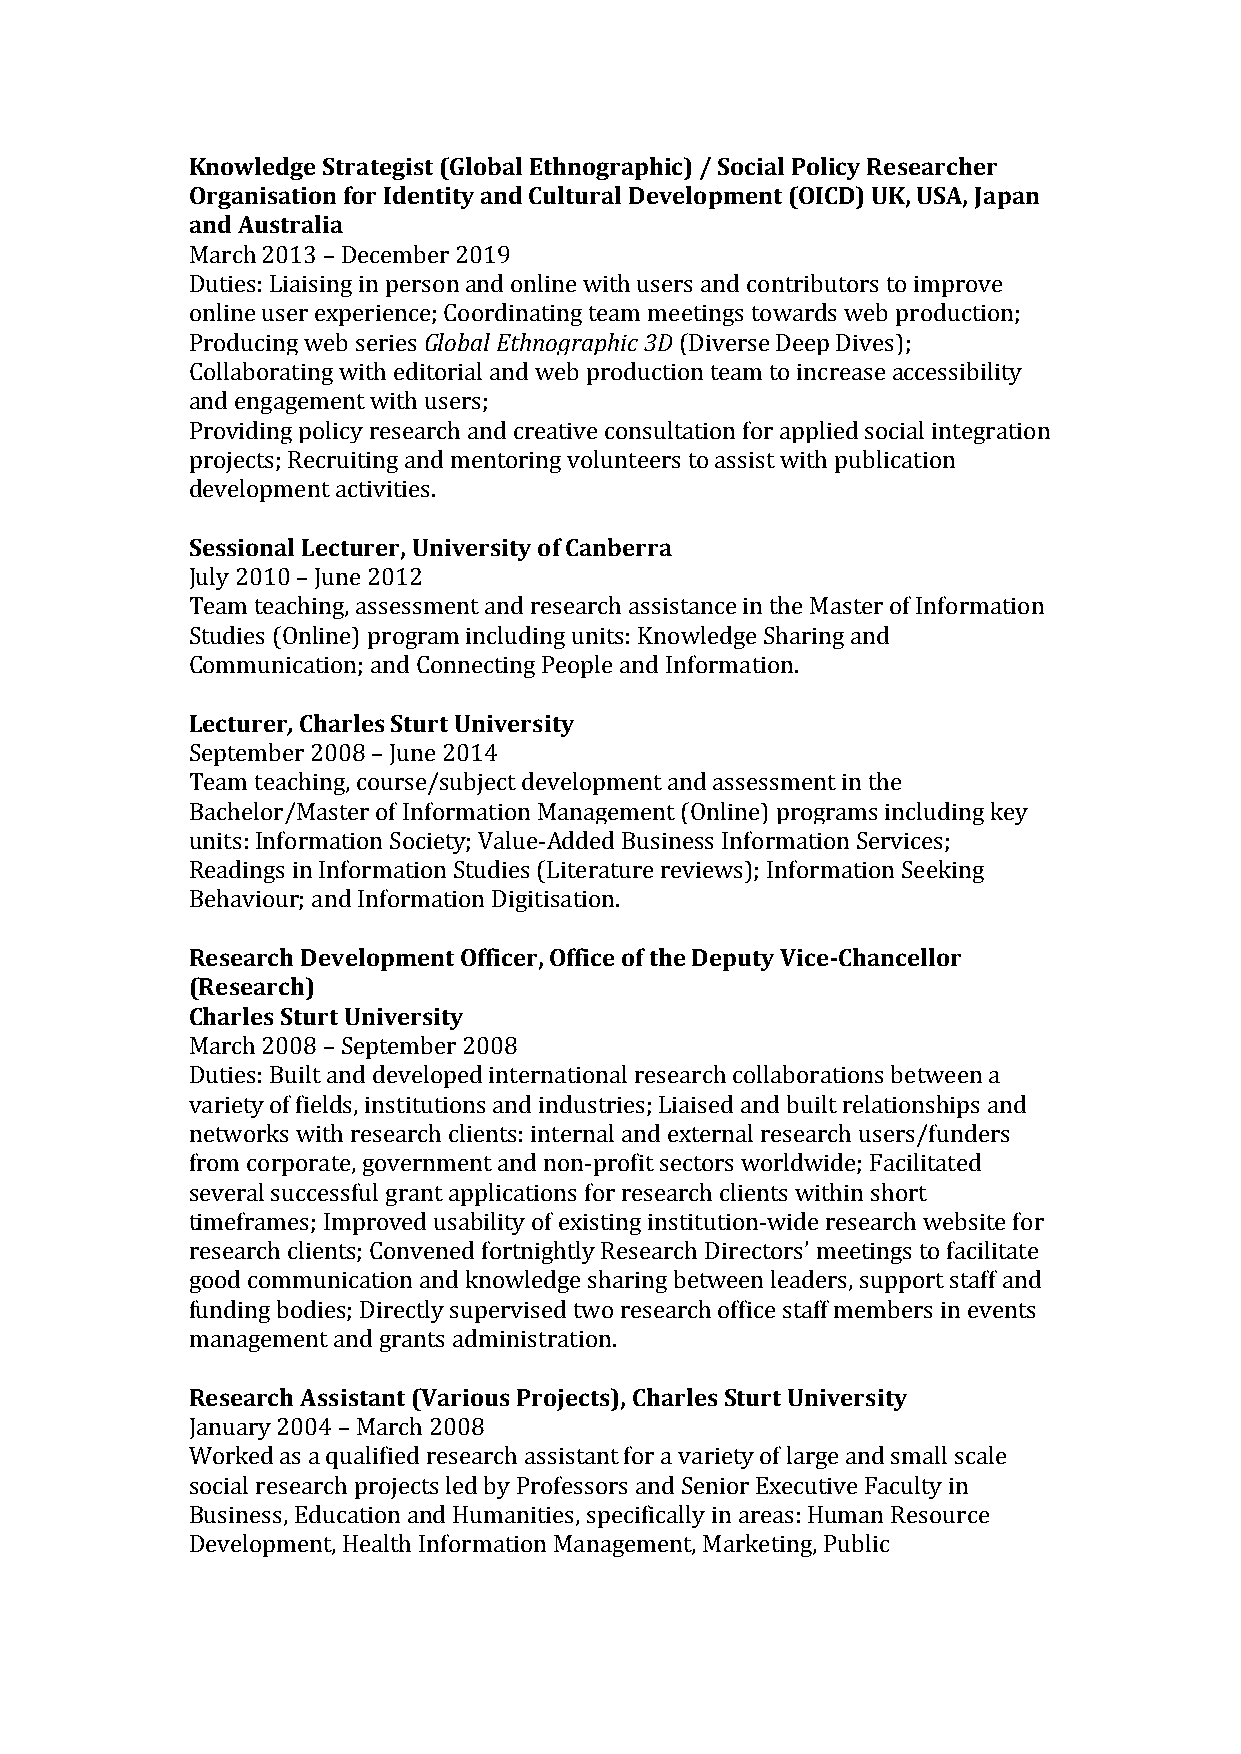
Knowledge Strategist (Global Ethnographic) / Social Policy Researcher
 Organisation for Identity and Cultural Development (OICD) UK, USA, Japan
 and Australia
 March 2013 – December 2019
 Duties: Liaising in person and online with users and contributors to improve
 online user experience; Coordinating team meetings towards web production;
 Producing web series Global Ethnographic 3D (Diverse Deep Dives);
 Collaborating with editorial and web production team to increase accessibility
 and engagement with users;
 Providing policy research and creative consultation for applied social integration
 projects; Recruiting and mentoring volunteers to assist with publication
 development activities.
 Sessional Lecturer, University of Canberra
 July 2010 – June 2012
 Team teaching, assessment and research assistance in the Master of Information
 Studies (Online) program including units: Knowledge Sharing and
 Communication; and Connecting People and Information.
 Lecturer, Charles Sturt University
 September 2008 – June 2014
 Team teaching, course/subject development and assessment in the
 Bachelor/Master of Information Management (Online) programs including key
 units: Information Society; Value-­‐Added Business Information Services;
 Readings in Information Studies (Literature reviews); Information Seeking
 Behaviour; and Information Digitisation.
 Research Development Officer, Office of the Deputy Vice-­‐Chancellor
 (Research)
 Charles Sturt University
 March 2008 – September 2008
 Duties: Built and developed international research collaborations between a
 variety of fields, institutions and industries; Liaised and built relationships and
 networks with research clients: internal and external research users/funders
 from corporate, government and non-­‐profit sectors worldwide; Facilitated
 several successful grant applications for research clients within short
 timeframes; Improved usability of existing institution-­‐wide research website for
 research clients; Convened fortnightly Research Directors’ meetings to facilitate
 good communication and knowledge sharing between leaders, support staff and
 funding bodies; Directly supervised two research office staff members in events
 management and grants administration.
 Research Assistant (Various Projects), Charles Sturt University
 January 2004 – March 2008
 Worked as a qualified research assistant for a variety of large and small scale
 social research projects led by Professors and Senior Executive Faculty in
 Business, Education and Humanities, specifically in areas: Human Resource
 Development, Health Information Management, Marketing, Public
 3